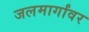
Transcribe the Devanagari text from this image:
जलमार्गांवर